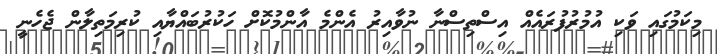
މިކަމުގައި ވަކި އުމުރުފުރައެއް އިސްތިސްނާ ނުވާއިރު އެންމެ އާންމުކޮށް ހަކުރުބައްޔާއި ކުރިމަތިލާން ޖެހެނީ